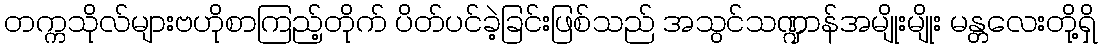
တက္ကသိုလ်များဗဟိုစာကြည့်တိုက် ပိတ်ပင်ခဲ့ခြင်းဖြစ်သည် အသွင်သဏ္ဍာန်အမျိုးမျိုး မန္တလေးတို့ရှိ